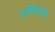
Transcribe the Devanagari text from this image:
एशियाटेक